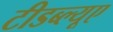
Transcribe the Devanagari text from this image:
टीडब्ल्‍यूए